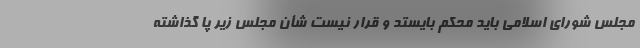
مجلس شورای اسلامی باید محکم بایستد و قرار نیست شأن مجلس زیر پا گذاشته